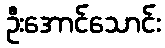
ဦးအောင်သောင်း